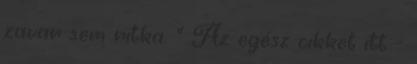
zavar sem ritka. " Az egész cikket itt -